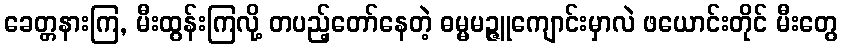
ခေတ္တနားကြ, မီးထွန်းကြလို့ တပည့်တော်နေတဲ့ ဓမ္မမဉ္ဇူကျောင်းမှာလဲ ဖယောင်းတိုင် မီးတွေ